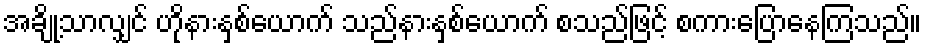
အချို့သာလျှင် ဟိုနားနှစ်ယောက် သည်နားနှစ်ယောက် စသည်ဖြင့် စကားပြောနေကြသည်။